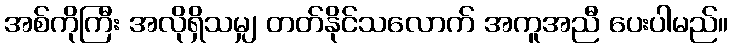
အစ်ကိုကြီး အလိုရှိသမျှ တတ်နိုင်သလောက် အကူအညီ ပေးပါမည်။